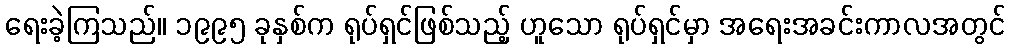
ရေးခဲ့ကြသည်။ ၁၉၉၅ ခုနှစ်က ရုပ်ရှင်ဖြစ်သည့် ဟူသော ရုပ်ရှင်မှာ အရေးအခင်းကာလအတွင်